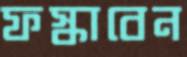
ফস্‌কাবেন